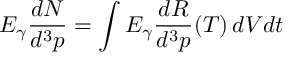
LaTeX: E _ { \gamma } \frac { d N } { d ^ { 3 } p } = \int E _ { \gamma } \frac { d R } { d ^ { 3 } p } ( T ) \, d V d t